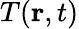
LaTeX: T(\mathbf{r},t)